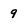
Character: 9